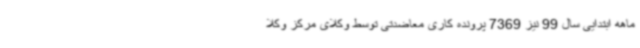
ماهه ابتدایی سال 99 نیز 7369 پرونده کاری معاضدتی توسط وکلای مرکز وکلا